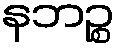
နဘဉ္စ